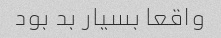
واقعا بسیار بد بود